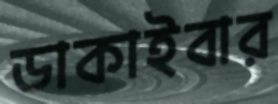
ডাকাইবার